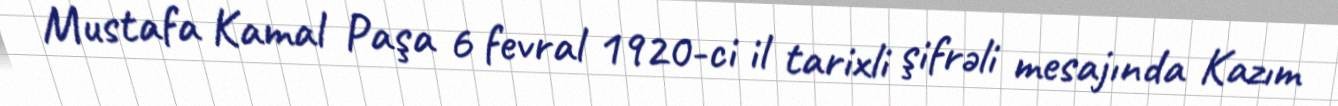
Mustafa Kamal Paşa 6 fevral 1920-ci il tarixli şifrəli mesajında Kazım